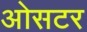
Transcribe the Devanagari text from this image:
ओसटर